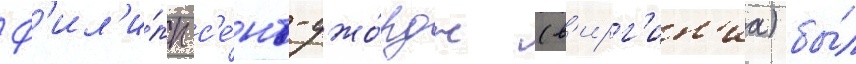
Ф'ил'и́пп с'е́нт-джо́рдж (в'ирг'ин'иа) бы́л